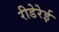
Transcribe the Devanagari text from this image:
रीडेरेई